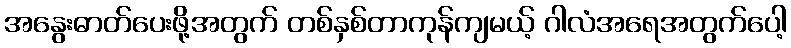
အနွေးဓာတ်ပေးဖို့အတွက် တစ်နှစ်တာကုန်ကျမယ့် ဂါလံအရေအတွက်ပေါ့